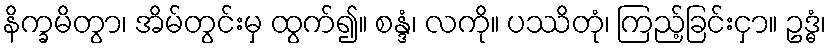
နိက္ခမိတွာ၊ အိမ်တွင်းမှ ထွက်၍။ စန္ဒံ၊ လကို။ ပဿိတုံ၊ ကြည့်ခြင်းငှာ။ ဥဒ္ဓံ၊